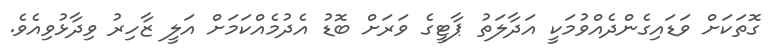
ގޮތަކަށް ވަޑައިގެންދެއްވުމަކީ އަދާލަތު ޕާޓީގެ ވަރަށް ބޮޑު އެދުމެއްކަމަށް އަލީ ޒާހިރު ވިދާޅުވިއެވެ.